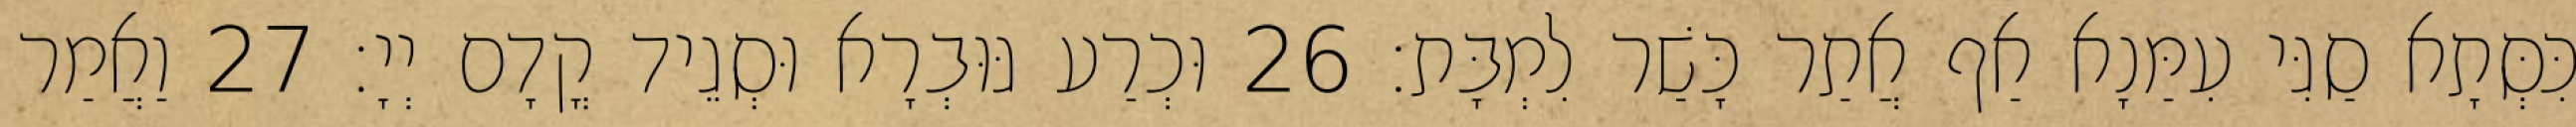
כִּסְּתָא סַגִּי עִמַּנָא אַף אֲתַר כָּשַׁר לִמְבָּת׃ 26 וּכְרַע גּוּבְרָא וּסְגֵיד קֳדָם יְיָ׃ 27 וַאֲמַר